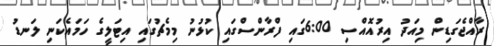
ރާއްޖެގަޑިން މިއަދު އިރުއޮއްސި 6:00ގައި ފްރާންސްގައި ކުޅުނު މިމެޗުގައި އިޓަލީގެ ހަމައެކަނި ލަނޑު